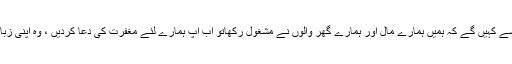
ترجمۂ کنزُالعِرفان: پیچھے رہ جانے والے دیہاتی اب تم سے کہیں گے کہ ہمیں ہمارے مال اور ہمارے گھر والوں نے مشغول رکھاتو اب آپ ہمارے لئے مغفرت کی دعا کردیں ، وہ اپنی زبانوں سے وہ بات کہتے ہیں جو ان کے دلوں میں نہیں ہے۔